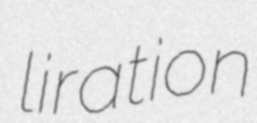
liration